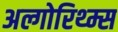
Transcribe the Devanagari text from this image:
अल्गोरिथ्म्स